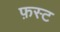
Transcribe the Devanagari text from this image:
फ़स्ट